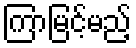
ကြာမြင့်မည့်